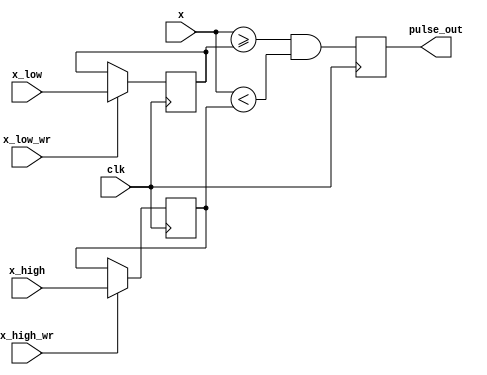
///////////////////////////////////////////////////////////////////////////////////////////////////////////////////
// Tyler Anderson Tue Dec  4 14:55:51 EST 2018
//
// pulse_gen.v
//
// Possion pulse generator 
//////////////////////////////////////////////////////////////////////////////////////////////////////////////////

module pulse_gen
  (
   input 	clk,
   input [31:0] x_low,
   input 	x_low_wr, 
   input [31:0] x_high,
   input 	x_high_wr, 
   input [31:0] x,
   output reg pulse_out
   );

   ////////////////////////////////////////////
   // See the sw directory for the root script
   // LFSR 32b has 4,294,967,295 states

   // 15kHz
   reg [31:0] 	i_x_high  = 32'd2149322586;
   reg [31:0] 	i_x_low = 32'd2147644709; 

   // // 8kHz
   // reg [31:0] 	i_x_low  = 32'd2147397748;
   // reg [31:0] 	i_x_high = 32'd2147569547; 
   
   always @(posedge clk) if(x_low_wr) i_x_low <= x_low;
   always @(posedge clk) if(x_high_wr) i_x_high <= x_high;
   // always @(posedge clk) pulse_out <= (x >= i_x_low) && (x < i_x_high) && !pulse_out;
   always @(posedge clk) pulse_out <= (x >= i_x_low) && (x < i_x_high); 
         
endmodule